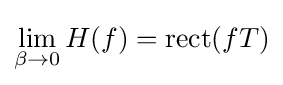
\lim _{\beta \rightarrow 0}H(f)=\operatorname {rect} (fT)